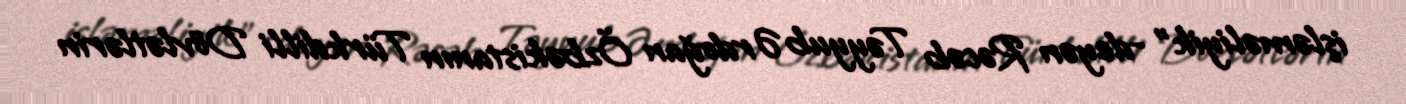
işləməliyik” -deyən Rəcəb Təyyub Ərdoğan Özbəkistanın Türkdilli Dövlətlərin